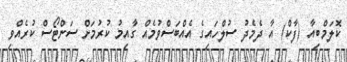
ކޮލަމްބިއާ (ފާކް) އާ ދެމެދު ސުލްހައިގެ އެއްބަސްވުމެއް ގާއިމު ކުރުމަށް ސަންޓޯސް ކުރެއްވި